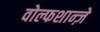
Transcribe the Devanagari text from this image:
वोल्फशान्ज़े